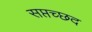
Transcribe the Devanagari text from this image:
सप्तच्छद